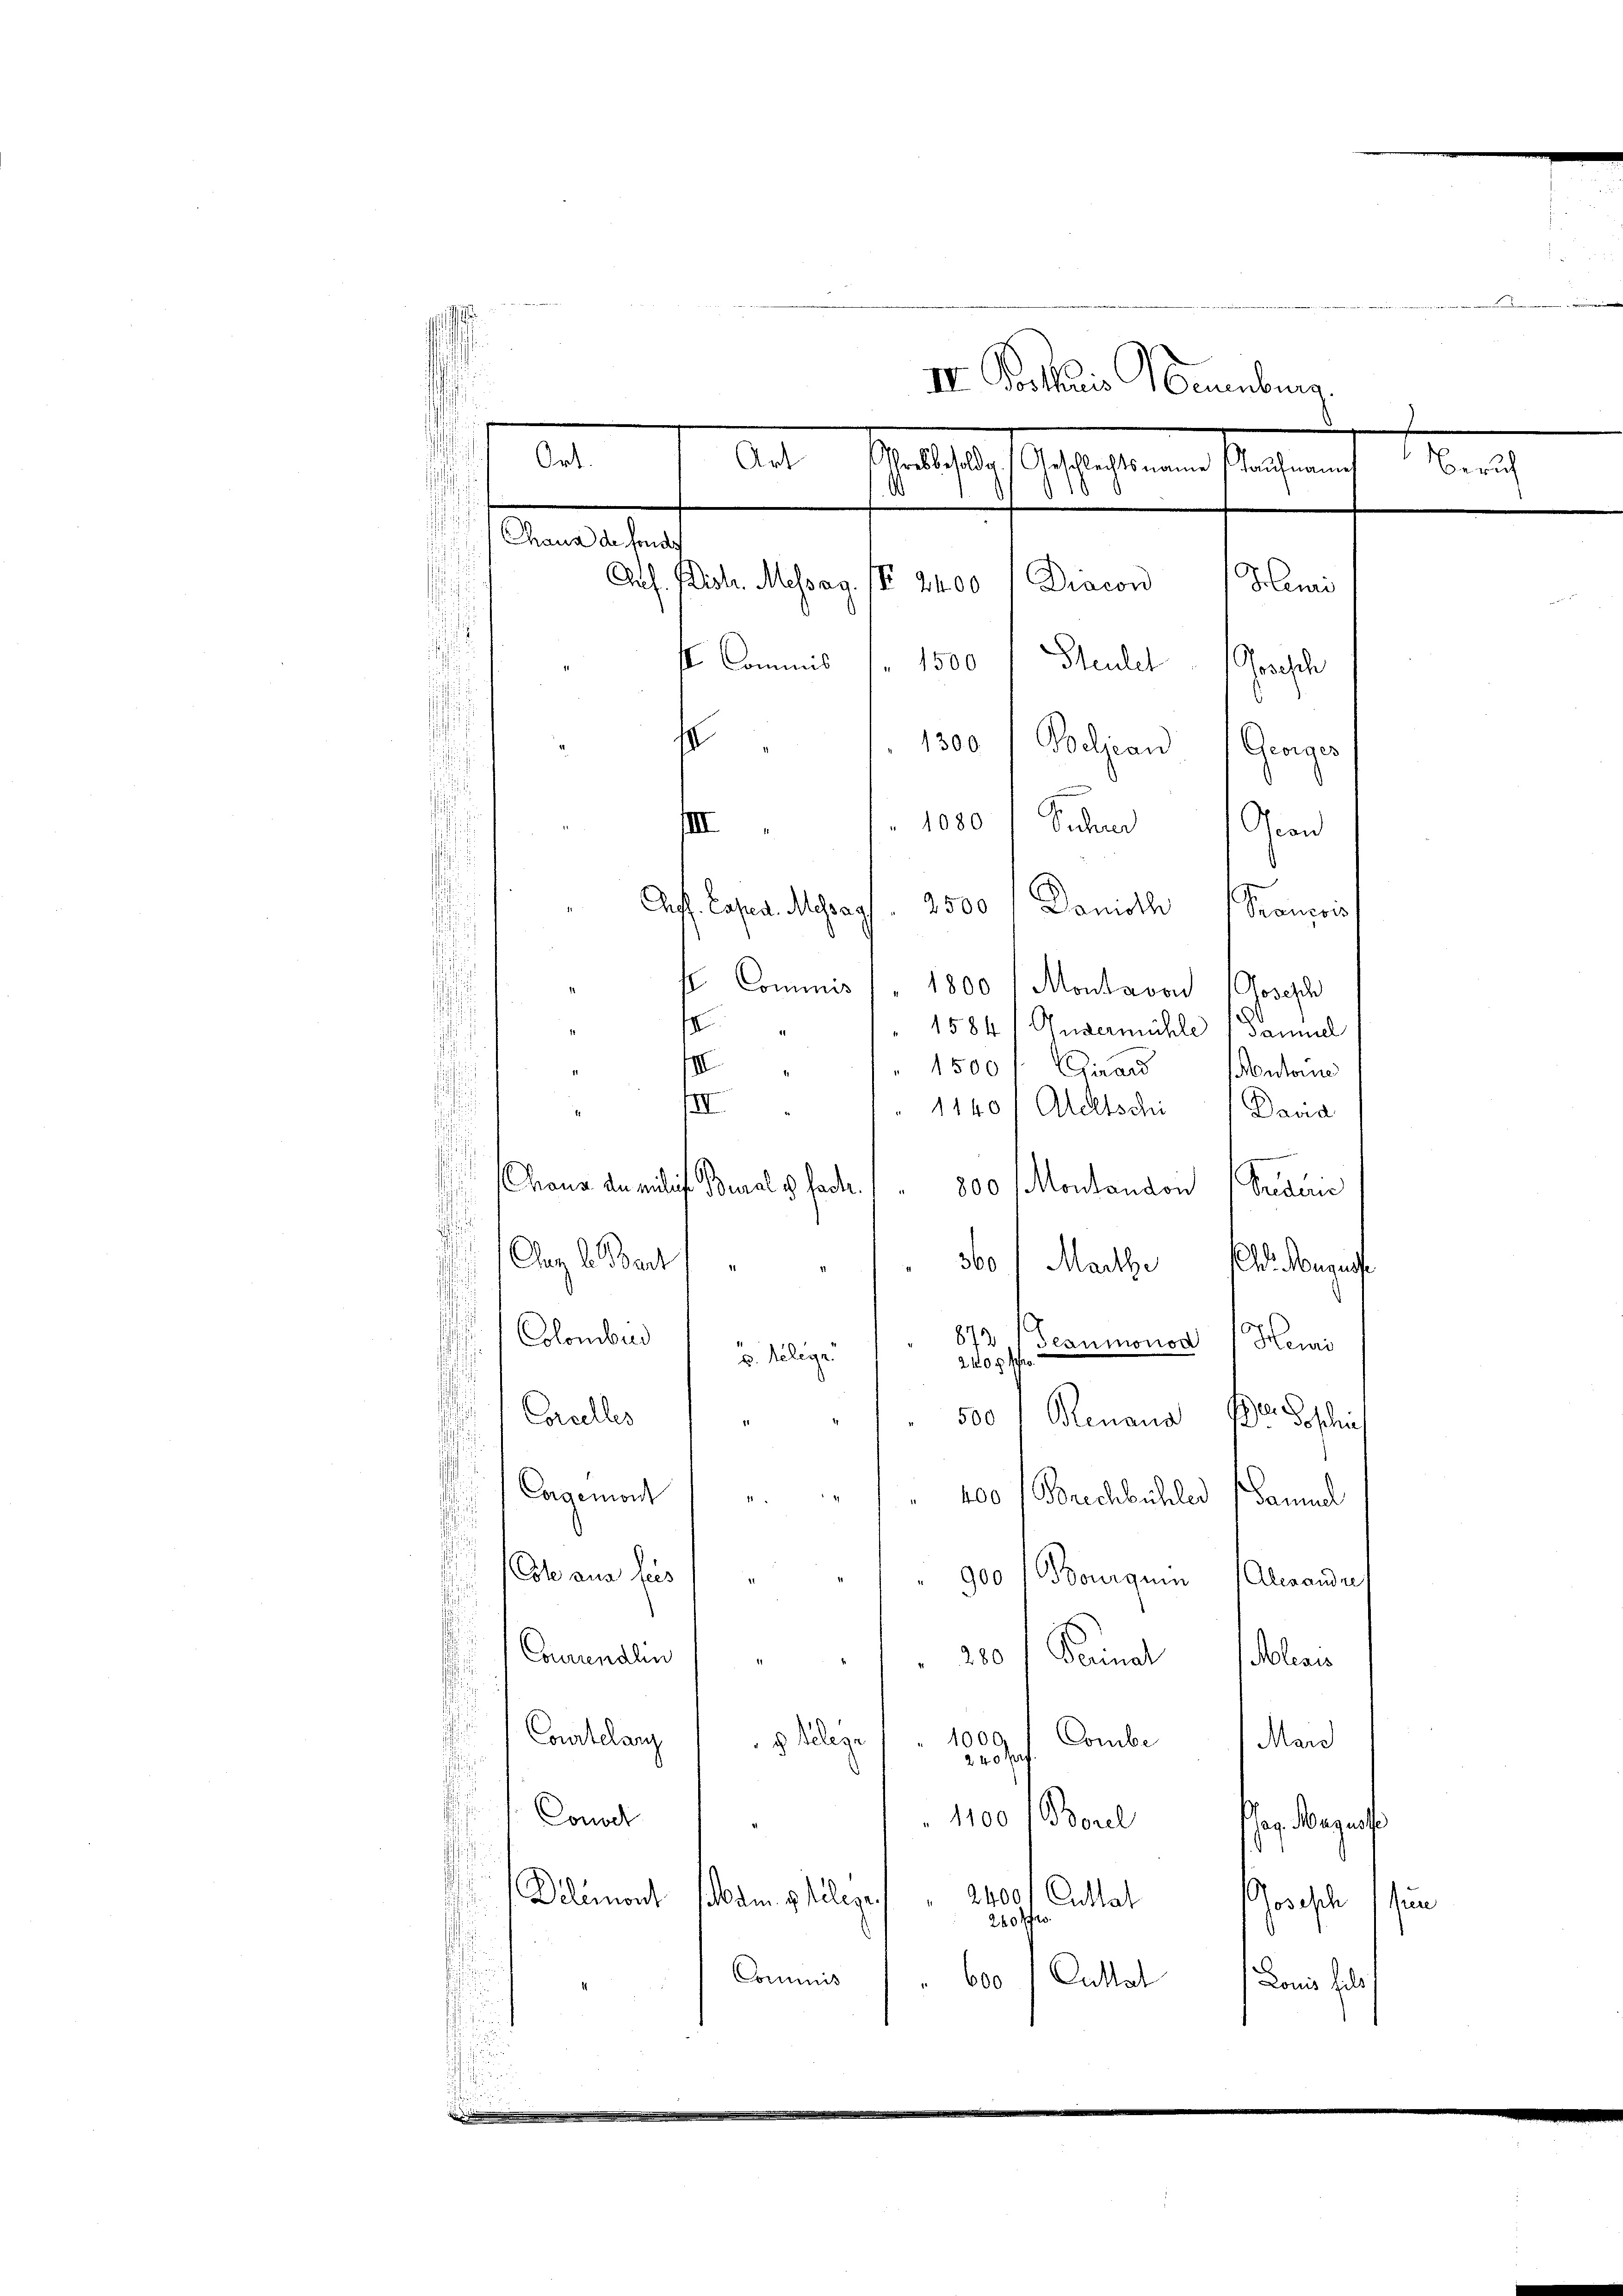
wir solle de
f
III. Posthuis Neuenburg.
.

i
Ort.
er
Art
a es sie es seine liegen
.
Chaus de fond
Pus. Mich. Messag. IV 2400 / Diacon
Heui
.
f Commis 1. 1500 f Bleuler Gesch
s
1300 Podjean Georges
III 1. 1080 / Sicher Geon
.
g
Off. Cases. Mehrag. 2500 / Danioth
Praussis

se Commis 1. 1800 (Montavon Joseph
e
" 1584/Gusermühle 1 sammel
IV " " 1500 f: Girard
Antoine
III
1140/ Ateltschi) Dana
.
hraus an eiliche Beral & fade.
800 Montandon (Priducie
Caz l. Bart
360) Marthe (d. Nega
Colombur
873
Teaumonod Heuri
v. Relegr.
2 f 0 x
Cancelles
Renaus er sin
 500
d
Cogemont
§ 87

" 400 f Berechbüchler Samuel
he am Hus
" 900 (Courquin (Alexandre
Comunalin     "            "  200 Pernal Molai
.
Courtelang
1000
Combe Mand
g Belege
2 40 x
.
Consel
1100 Borel
eg. Magist
Delémont. (Mam. v. Klege.
ese Attatorische
sun
Commis
Cuttal
600
Lonis hals s